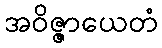
အဝိဇ္ဇာယေတံ